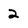
Character: 2